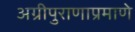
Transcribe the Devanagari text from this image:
अग्रीपुराणाप्रमाणे